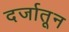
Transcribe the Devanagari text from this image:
दर्जातून